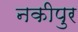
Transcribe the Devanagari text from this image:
नकीपुर